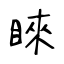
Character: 睞